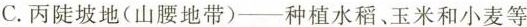
C.丙陡坡地(山腰地带)-种植水稻、玉米和小麦等